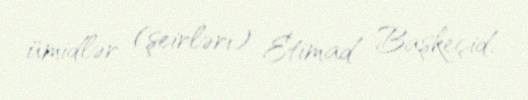
ümidlər (şeirləri) Etimad Başkeçid.